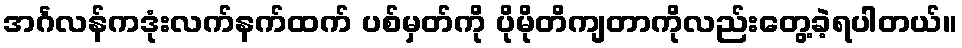
အင်္ဂလန်ကဒုံးလက်နက်ထက် ပစ်မှတ်ကို ပိုမိုတိကျတာကိုလည်းတွေ့ခဲ့ရပါတယ်။